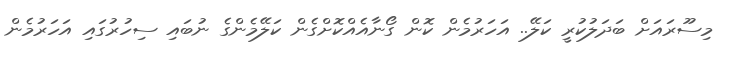
މިސޫރައަށް ބަދަލުކުރީ ކަލޭ.. އަހަރުމެން ކޮން ގޯނާއެއްކޮށްގެން ކަލޭމެންގެ ނުބައި ސިހުރުގައި އަހަރުމެން